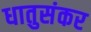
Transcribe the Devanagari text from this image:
धातुसंकर